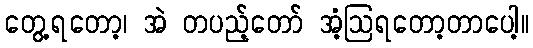
တွေ့ရတော့၊ အဲ တပည့်တော် အံ့ဩရတော့တာပေါ့။